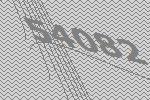
54082